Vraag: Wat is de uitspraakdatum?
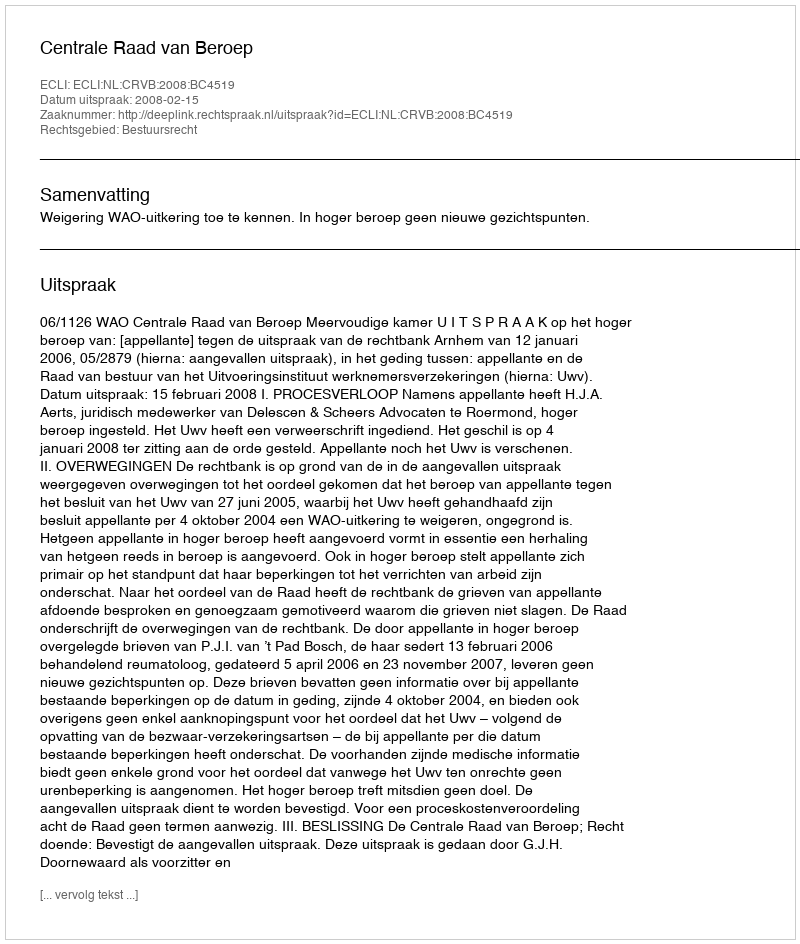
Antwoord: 2008-02-15